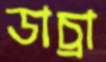
ডাচ্রা